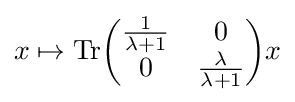
x\mapsto {\rm {Tr}}{\begin{pmatrix}{1 \over \lambda +1}&0\\0&{\lambda  \over \lambda +1}\\\end{pmatrix}}x